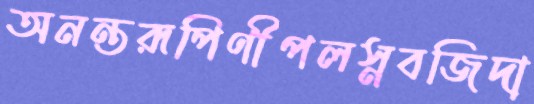
অনন্তরূপিণীপলস্নবজিদা